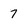
Character: 7